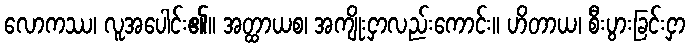
လောကဿ၊ လူအပေါင်း၏။ အတ္ထာယစ၊ အကျိုးငှာလည်းကောင်း။ ဟိတာယ၊ စီးပွားခြင်းငှာ